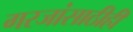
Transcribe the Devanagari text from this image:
गरजांसाठीही